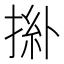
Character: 𢯜